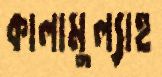
কালামুল্যাহ